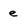
Character: e